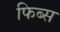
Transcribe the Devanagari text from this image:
फिब्स